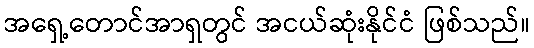
အရှေ့တောင်အာရှတွင် အငယ်ဆုံးနိုင်ငံ ဖြစ်သည်။